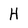
Character: H